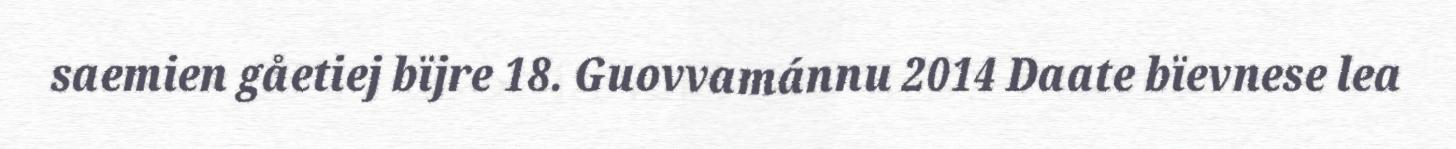
saemien gåetiej bïjre 18. Guovvamánnu 2014 Daate bïevnese lea